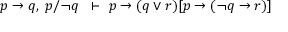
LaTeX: p \to q , \; p / \neg q \; \; \vdash \ p \to ( q \lor r ) [ p \to ( \neg q \to r ) ]